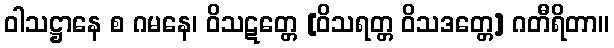
ဝါသဋ္ဌာနေ စ ဂမနေ၊ ဝိသဋတ္တေ [ဝိသရတ္တ ဝိသဒတ္တေ] ဂတီရိတာ။